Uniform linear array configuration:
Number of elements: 48
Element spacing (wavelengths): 0.25
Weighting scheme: binomial
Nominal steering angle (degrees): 30
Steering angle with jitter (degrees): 29.525
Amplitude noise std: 0.05
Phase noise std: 0.05

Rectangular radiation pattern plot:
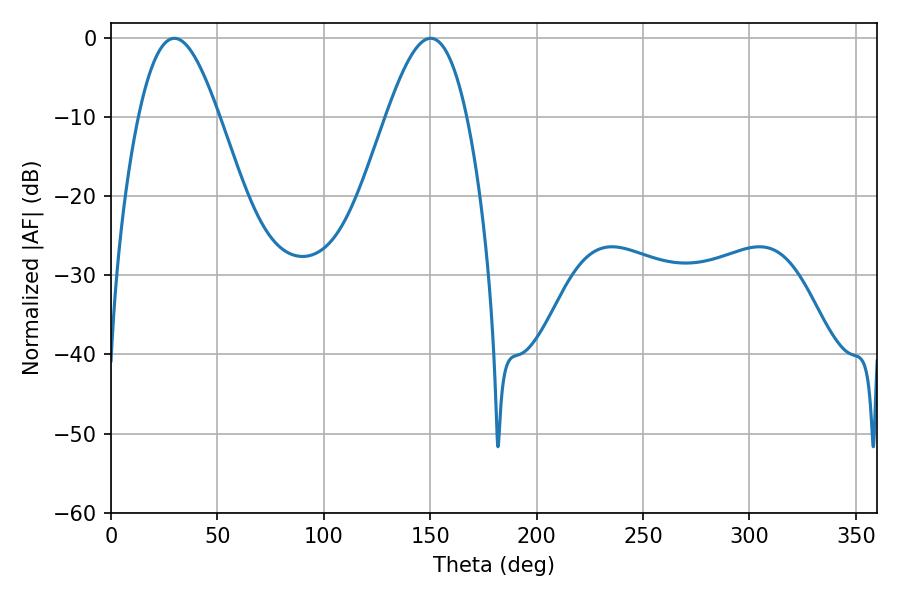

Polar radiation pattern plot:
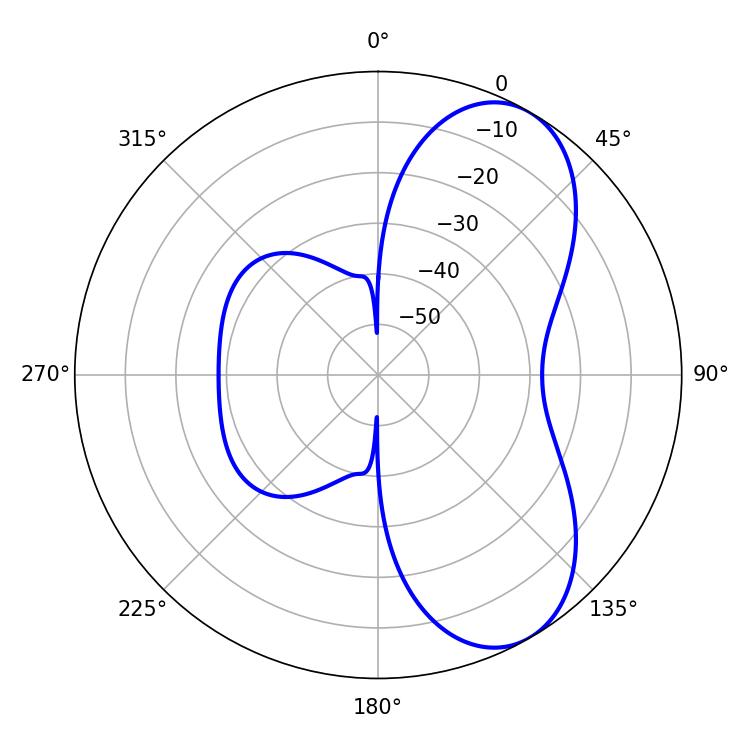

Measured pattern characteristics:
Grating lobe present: FALSE
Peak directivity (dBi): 7.02
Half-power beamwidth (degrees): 20.52
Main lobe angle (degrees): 150.12